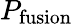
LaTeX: P_{\mathrm{fusion}}